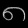
Digit: ၈